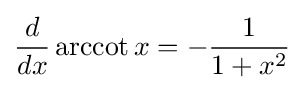
{\frac {d}{dx}}\operatorname {arccot} x=-{1 \over 1+x^{2}}